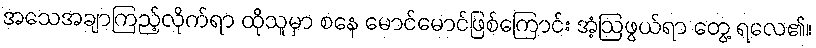
အသေအချာကြည့်လိုက်ရာ ထိုသူမှာ စနေ မောင်မောင်ဖြစ်ကြောင်း အံ့ဩဖွယ်ရာ တွေ့ ရလေ၏။